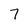
Character: 7